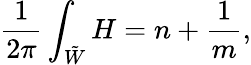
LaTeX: \frac{1}{2\pi}\int_{\tilde{W}}H=n+\frac{1}{m},